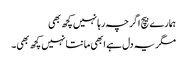
ہمارے بیچ اگرچہ رہا نہیں کچھ بھی
مگر یہ دل ہے ابھی مانتا نہیں کچھ بھی۔